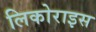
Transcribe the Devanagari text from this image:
लिकोराइस